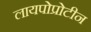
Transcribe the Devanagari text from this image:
लायपोप्रोटीन